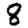
Digit: 8